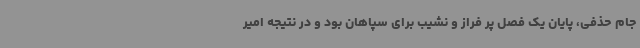
جام حذفی، پایان یک فصل پر فراز و نشیب برای سپاهان بود و در نتیجه امیر